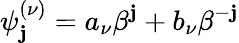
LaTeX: \psi_{\mathbf{j}}^{(\nu)}=a_{\nu}\beta^{\mathbf{j}}+b_{\nu}\beta^{-\mathbf{j}}